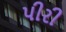
પીરી